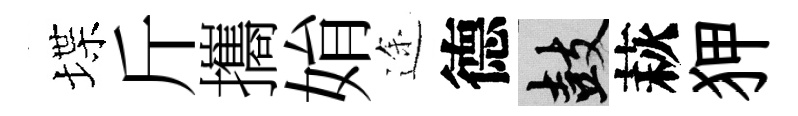
堞斤攜姢途德鼓萩狎